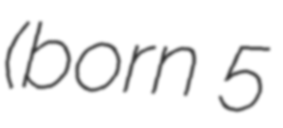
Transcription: (born 5